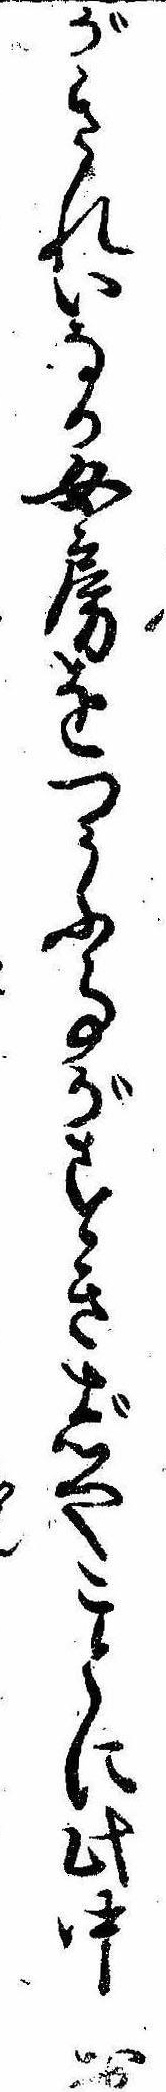
がきれいなる女房をつかふ事がすきじやことに此中お